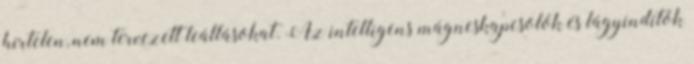
hirtelen, nem tervezett leállásokat. Az intelligens mágneskapcsolók és lágyindítók